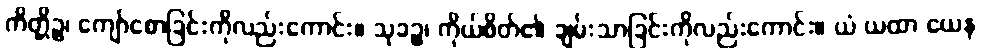
ကိတ္တိဉ္စ၊ ကျော်စောခြင်းကိုလည်းကောင်း။ သုခဉ္စ၊ ကိုယ်စိတ်၏ ချမ်းသာခြင်းကိုလည်းကောင်း။ ယံ ယထာ ယေန